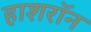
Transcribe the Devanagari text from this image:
हाशरॉन